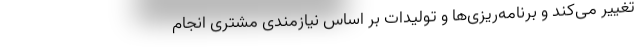
تغییر می‌کند و برنامه‌ریزی‌ها و تولیدات بر اساس نیازمندی مشتری انجام